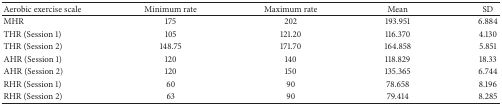
| Aerobic exercise scale | Minimum rate | Maximum rate | Mean | SD |
 | --- | --- | --- | --- | --- |
 | MHR | 175 | 202 | 193.951 | 6.884 |
 | THR (Session 1) | 105 | 121.20 | 116.370 | 4.130 |
 | THR (Session 2) | 148.75 | 171.70 | 164.858 | 5.851 |
 | AHR (Session 1) | 120 | 140 | 118.829 | 18.33 |
 | AHR (Session 2) | 120 | 150 | 135.365 | 6.744 |
 | RHR (Session 1) | 60 | 90 | 78.658 | 8.196 |
 | RHR (Session 2) | 63 | 90 | 79.414 | 8.285 |